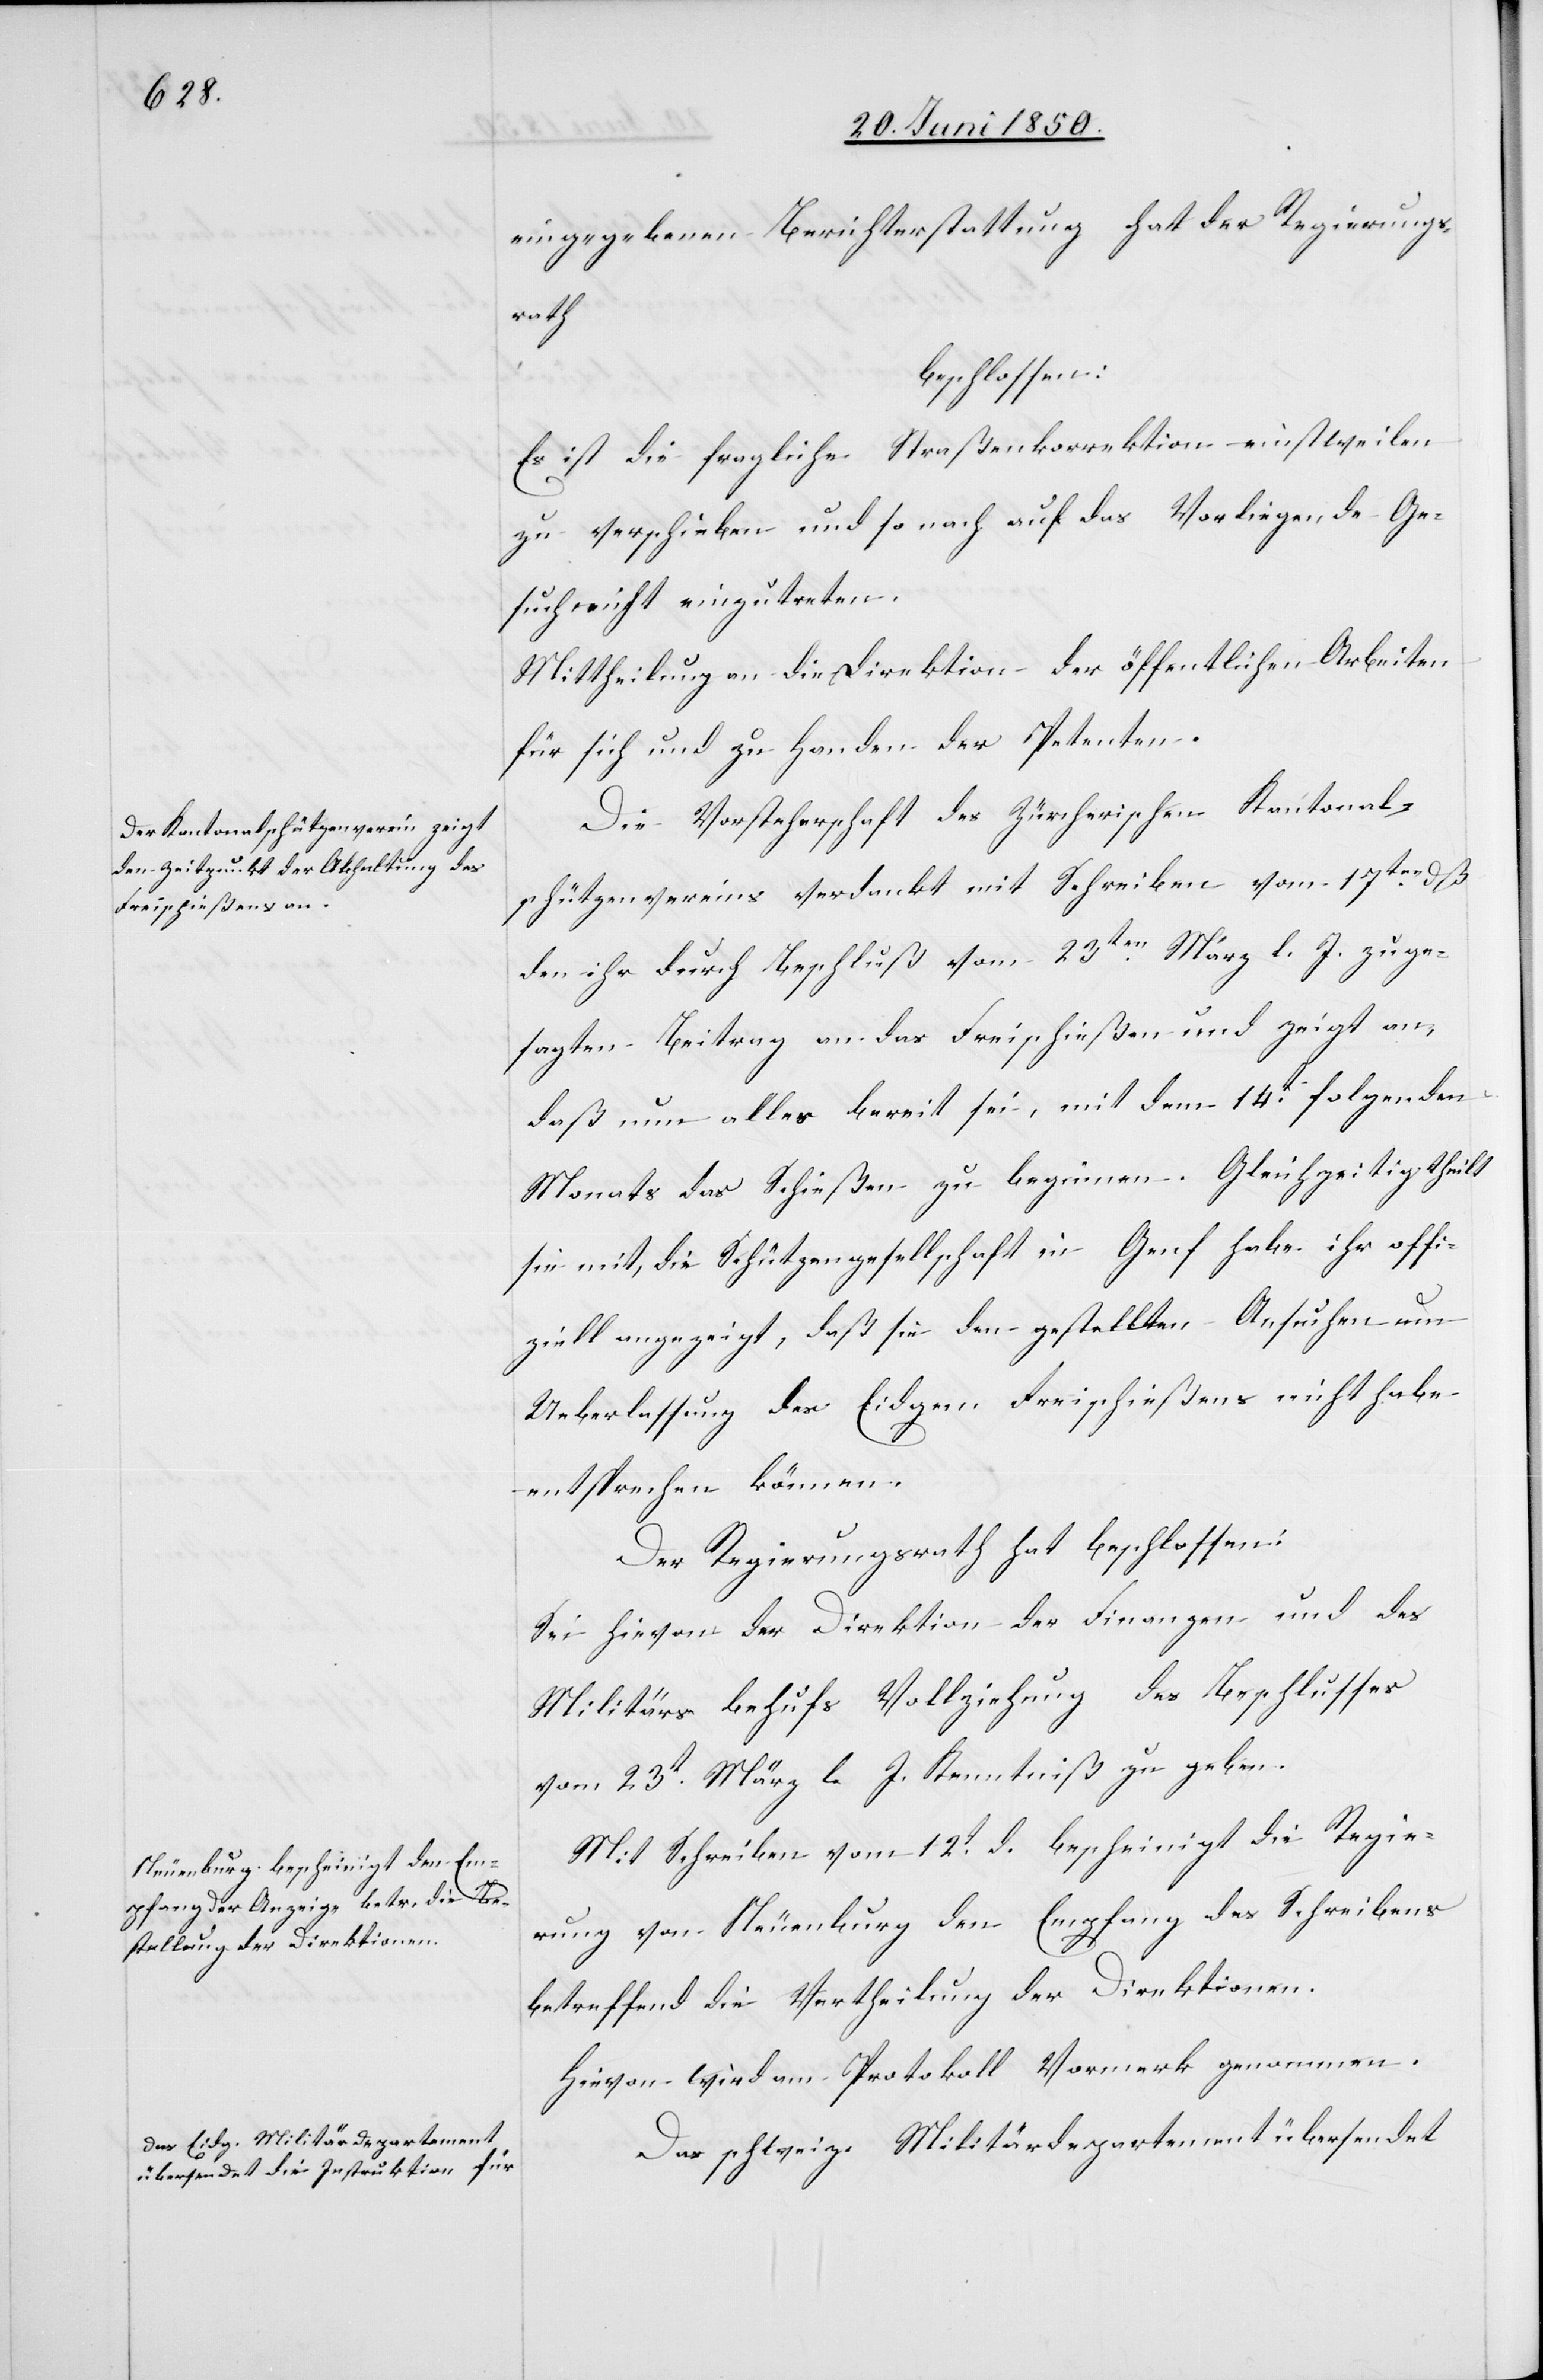
eingegebenen Berichterstattung hat der Regierungs¬
rath
beschlossen:
Es ist die fragliche Straßenkorrektion einstweilen
zu verschieben und sonach auf das Vorliegende Ge¬
such nicht einzutreten.
Mittheilung an die Direktion der öffentlichen Arbeiten
für sich und zu Handen der Petenten.
Die Vorsteherschaft des Zürcherischen Kantonal¬
schützenvereins verdankt mit Schreiben vom 17ten dß
den ihr durch Beschluß vom 23ten März l. J. zuge¬
sagten Beitrag an das Freischießen und zeigt an,
daß nun alles bereit sei, mit dem 14t folgenden
Monats das Schießen zu beginnen. Gleichzeitig theilt
sie mit, die Schützengesellschaft in Genf habe ihr offi¬
ziell angezeigt, daß sie den gestellten Ansuchen um
Ueberlassung des Eidgen Freischießens nicht habe
entsprechen können.
Der Regierungsrath hat beschlossen:
Sei hievon der Direktion der Finanzen und des
Militärs behufs Vollziehung des Beschlusses
vom 23t März l. J. Kenntniß zu geben.
Mit Schreiben vom 12t d. bescheinigt die Regie¬
rung von Neuenburg den Empfang des Schreibens
betreffend die Vertheilung der Direktionen.
Hievon wird am Protokoll Vormerk genommen.
Das schweiz. Militärdepartement übersendet